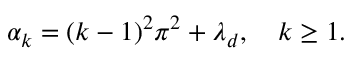
\begin{array} { r } { \alpha _ { k } = ( k - 1 ) ^ { 2 } \pi ^ { 2 } + \lambda _ { d } , \quad k \geq 1 . } \end{array}